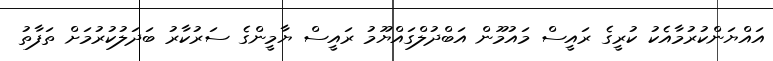
އައްޔަންކުރުމާއެކު ކުރީގެ ރައީސް މައުމޫން އަބްދުލްގައްޔޫމު ރައީސް ޔާމީންގެ ސަރުކާރު ބަދަލުކުރުމަށް ތަފާތު